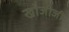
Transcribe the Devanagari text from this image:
खोजीजी